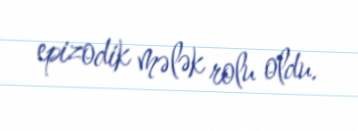
epizodik mələk rolu oldu.